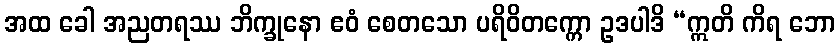
အထ ခေါ အညတရဿ ဘိက္ခုနော ဧဝံ စေတသော ပရိဝိတက္ကော ဥဒပါဒိ “ဣတိ ကိရ ဘော